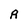
Character: A